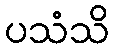
ပသံသိ